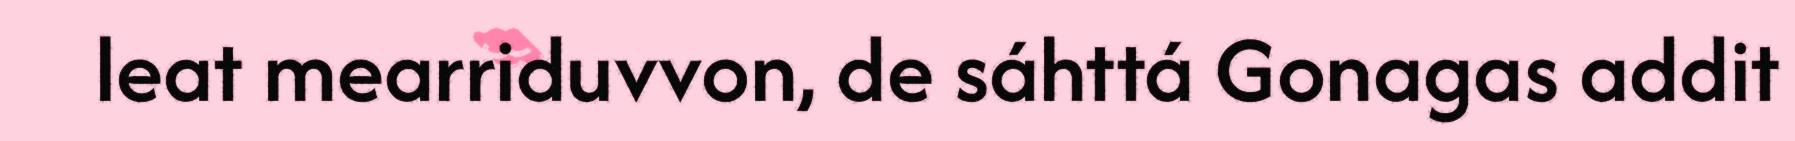
leat mearriduvvon, de sáhttá Gonagas addit